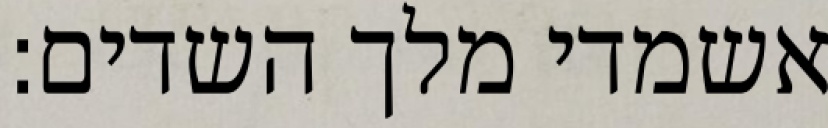
אשמדי מלך השדים: